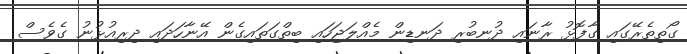
ގޯތިތެރޭގައި ގާފޮޅު ރާނައި ދުނބުރި ދަނޑިން މެއްލަޖަހައި ބިތްގަތައިގެން އޭނާހަދައި ދިރިއުޅުނު ގެވެސް